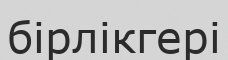
бірлікгері